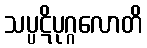
သပ္ပဋိပုဂ္ဂလောတိ